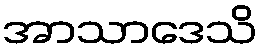
အာသာဒေသိ